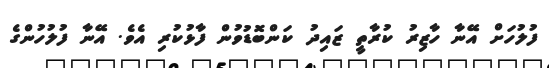
ފުލުހަށް އޭނާ ހާޒިރު ކުރާތީ ޒައިދު ކަންބޮޑުވުން ފާޅުކުރި އެވެ. އޭނާ ފުލުހުންގެ